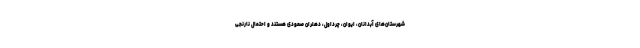
شهرستان‌های آبدانان، ایوان، چرداول، دهلران صعودی هستند و احتمال نارنجی